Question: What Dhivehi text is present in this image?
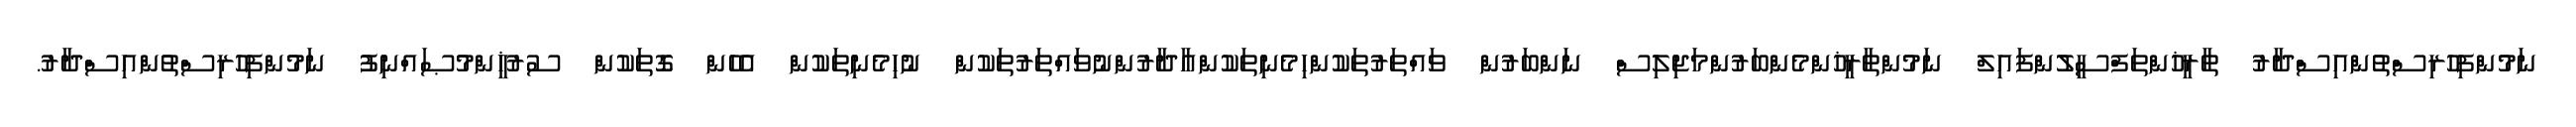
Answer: ނަމުންފިހުރިސްތުންއިސްދާރު ތާރީޚުންތަފްސީލުންފައިލް ނަމުންތާރީޚުންމެންބަރުންމަޖިލިސް ނަންބަރުން ވައްތަރުތަކުންހިމެނިތަކުންއާދާރުންނުވައްތަރުތަކުން ނުހިމެނިތަކުން އެހެން ގޮތަކުން ސުރުޚީންމުޞައްނިފު ނަމުންފިހުރިސްތުންއިސްދާރު.